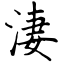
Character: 淒